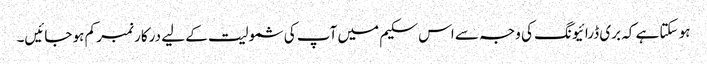
ہو سکتا ہے کہ بری ڈرائیونگ کی وجہ سے اس سکیم میں آپ کی شمولیت کے لیے درکار نمبر کم ہو جائیں۔